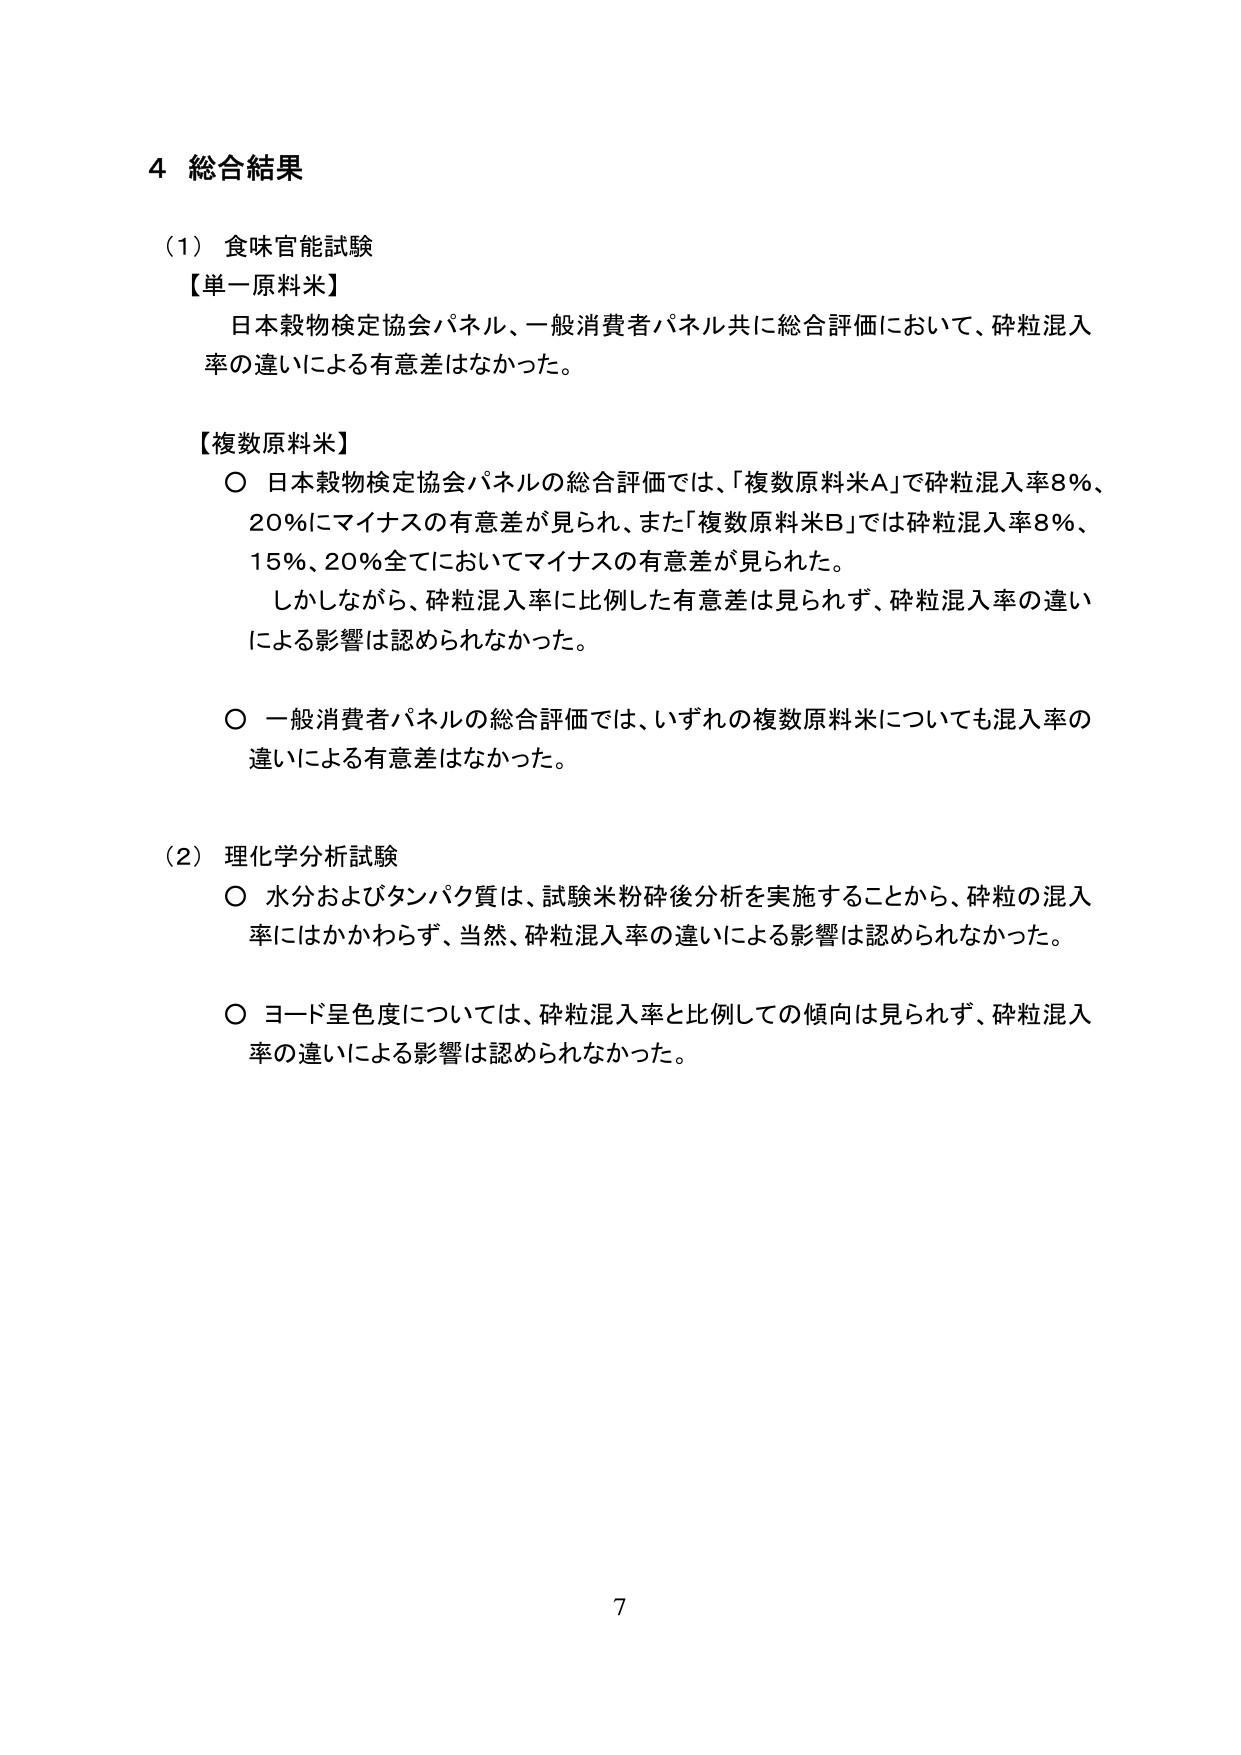
4 総合結果

（1）食味官能試験
【単一原料米】
　日本穀物検定協会パネル、一般消費者パネル共に総合評価において、砕粒混入率の違いによる有意差はなかった。

【複数原料米】
○ 日本穀物検定協会パネルの総合評価では、「複数原料米A」で砕粒混入率8％、20％にマイナスの有意差が見られ、また「複数原料米B」では砕粒混入率8％、15％、20％全てにおいてマイナスの有意差が見られた。
　しかしながら、砕粒混入率に比例した有意差は見られず、砕粒混入率の違いによる影響は認められなかった。

○ 一般消費者パネルの総合評価では、いずれの複数原料米についても混入率の違いによる有意差はなかった。

（2）理化学分析試験
○ 水分およびタンパク質は、試験米粉砕後分析を実施することから、砕粒の混入率にはかかわらず、当然、砕粒混入率の違いによる影響は認められなかった。

○ ヨード呈色度については、砕粒混入率と比例しての傾向は見られず、砕粒混入率の違いによる影響は認められなかった。

7